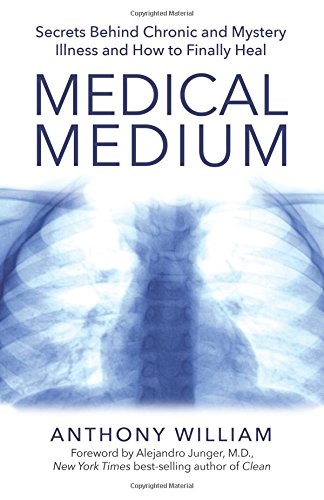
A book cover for Medical Medium: Secrets Behind Chronic and Mystery Illness and How to Finally Heal; Anthony William; Health, Fitness & Dieting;